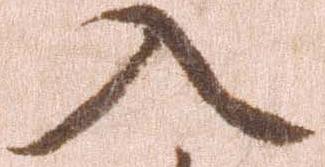
入